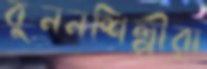
বুননশিল্পীরা